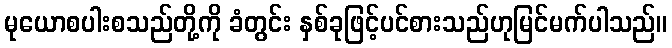
မုယောစပါးစသည်တို့ကို ခံတွင်း နှစ်ခုဖြင့်ပင်စားသည်ဟုမြင်မက်ပါသည်။